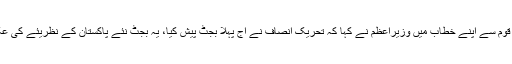
منگل کی رات قوم سے اپنے خطاب میں وزیراعظم نے کہا کہ تحریک انصاف نے آج پہلا بجٹ پیش کیا، یہ بجٹ نئے پاکستان کے نظریئے کی عکاسی کرے گا۔